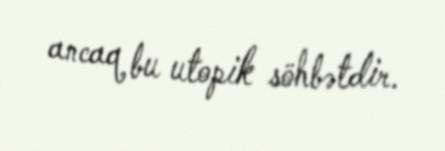
ancaq bu utopik söhbətdir.